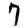
Digit: 7